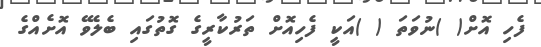
ފެހި އޮށް( )ނުވަތަ ( )އަކީ ފެހިއޮށް ތަރުކާރީގެ ގޮތުގައި ބެލެވޭ އޮށެއްގެ